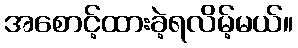
အစောင့်ထားခဲ့ရလိမ့်မယ်။